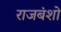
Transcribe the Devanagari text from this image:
राजबंशो